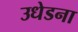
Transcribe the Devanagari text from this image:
उधेडना